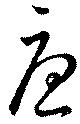
憂